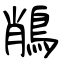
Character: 𪁎